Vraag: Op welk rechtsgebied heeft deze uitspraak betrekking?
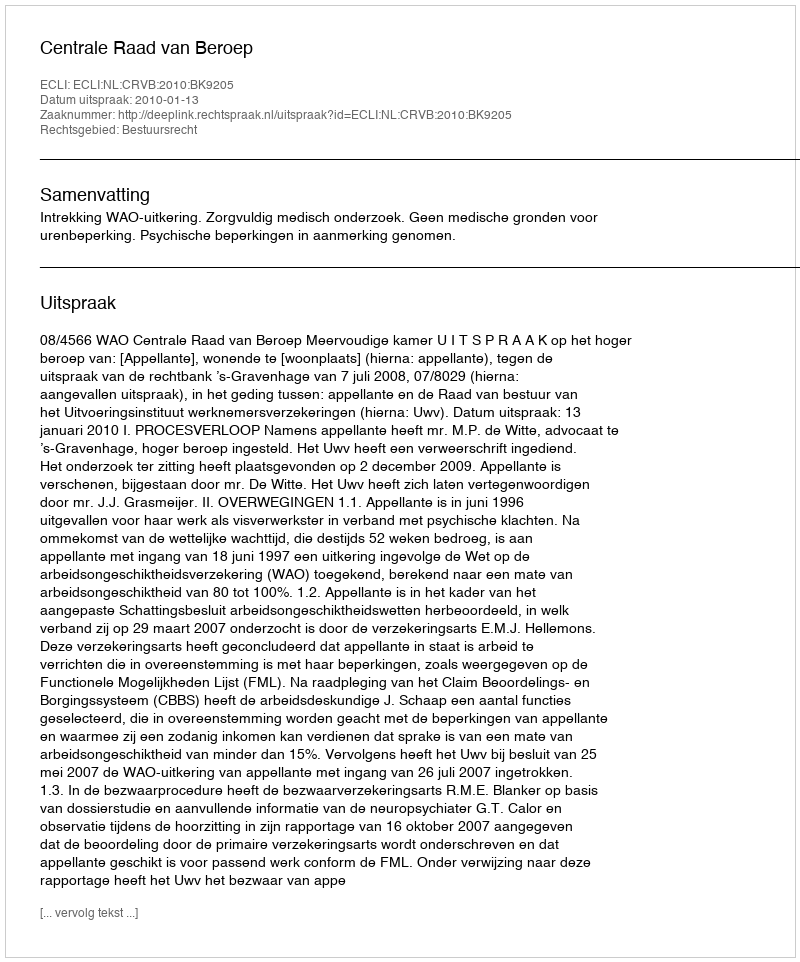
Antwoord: Bestuursrecht